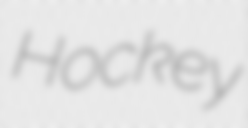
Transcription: Hockey